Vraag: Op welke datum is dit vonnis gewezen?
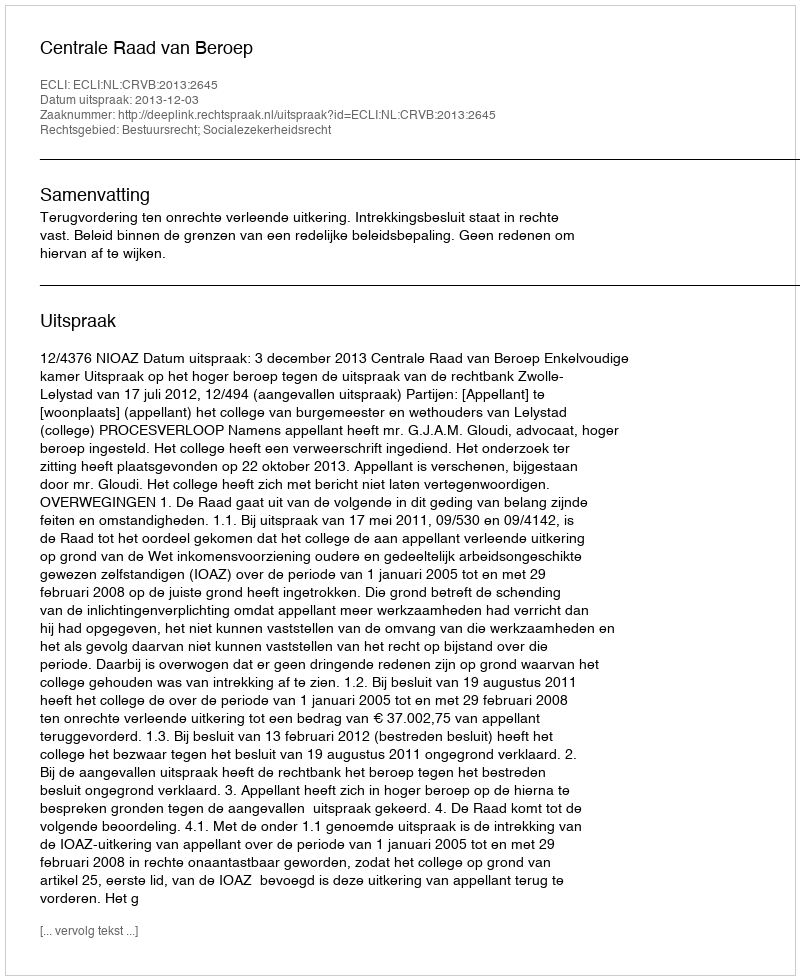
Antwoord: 2013-12-03